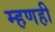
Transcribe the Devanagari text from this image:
म्हणही